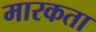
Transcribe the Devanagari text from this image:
मारकता